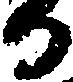
日